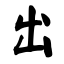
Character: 出